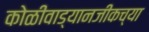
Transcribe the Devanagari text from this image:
कोळीवाड्यानजीकच्या